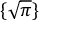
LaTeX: \{ { \sqrt { \pi } } \}